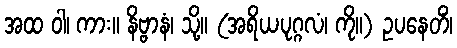
အထ ဝါ၊ ကား။ နိဗ္ဗာနံ၊ သို့။ (အရိယပုဂ္ဂလံ၊ ကို။) ဥပနေတိံ၊